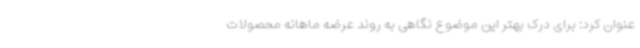
عنوان کرد: برای درک بهتر این موضوع نگاهی به روند عرضه ماهانه محصولات